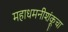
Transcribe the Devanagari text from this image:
महाधमनीशंकूचा